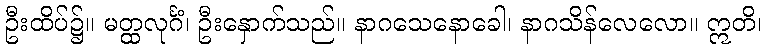
ဦးထိပ်၌။ မတ္ထလုင်္ဂံ၊ ဦးနှောက်သည်။ နာဂသေနောခေါ၊ နာဂသိန်လေလော။ ဣတိ၊